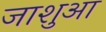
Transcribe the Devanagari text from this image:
जाशुआ